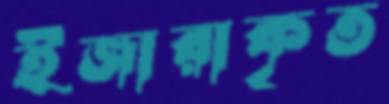
ইজারাকৃত